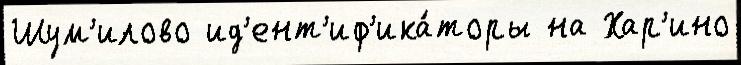
Шум'илово ид'ент'иф'ика́торы на Хар'ино